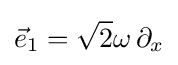
{\vec {e}}_{1}={\sqrt {2}}\omega \,\partial _{x}